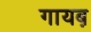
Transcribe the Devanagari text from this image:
गायब़